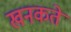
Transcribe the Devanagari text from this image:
खनकते